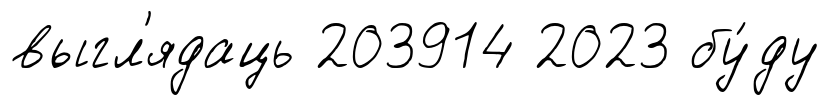
выгл'ядаць 203914 2023 бу́ду